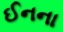
ઈનના